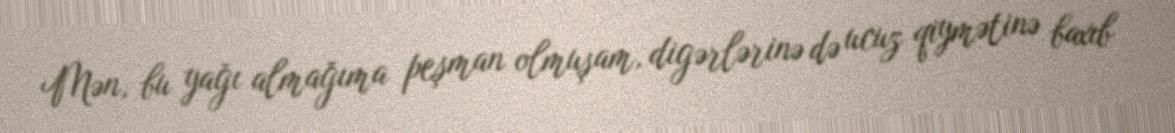
Mən, bu yağı almağıma peşman olmuşam, digərlərinə də ucuz qiymətinə baxıb